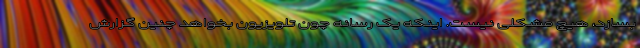
بسازد، هیچ مشکلی نیست. اینکه یک رسانه چون تلویزیون بخواهد چنین گزارش